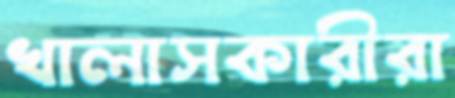
খালাসকারীরা